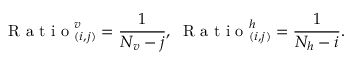
\mathrm { ~ R ~ a ~ t ~ i ~ o ~ } _ { ( i , j ) } ^ { v } = \frac { 1 } { N _ { v } - j } , \; \mathrm { ~ R ~ a ~ t ~ i ~ o ~ } _ { ( i , j ) } ^ { h } = \frac { 1 } { N _ { h } - i } .